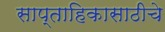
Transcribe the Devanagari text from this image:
साप्ताहिकासाठीचे